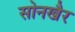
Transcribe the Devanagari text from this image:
सोनखैर